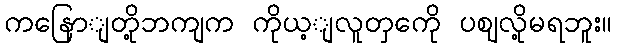
ကနြောျတို့ဘကျက ကိုယ့ျလူတှကေို ပဈလို့မရဘူး။